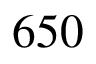
6 5 0